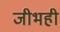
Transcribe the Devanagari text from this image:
जीभही